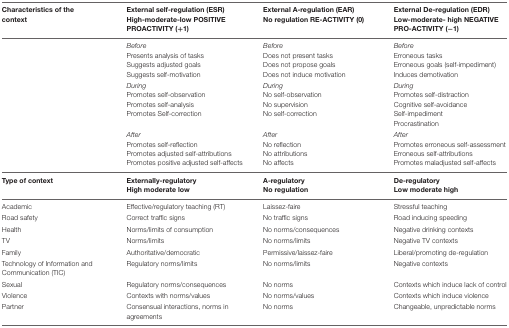
<table><thead><tr><td><b>Characteristics of the context</b></td><td><b>External self-regulation (ESR) High-moderate-low POSITIVE PROACTIVITY (+1)</b></td><td><b>External A-regulation (EAR) No regulation RE-ACTIVITY (0)</b></td><td><b>External De-regulation (EDR) Low-moderate- high NEGATIVE PRO-ACTIVITY (-1)</b></td></tr></thead><tbody><tr><td></td><td><i>Before</i>Presents analysis of tasksSuggests adjusted goalsSuggests self-motivation</td><td><i>Before</i>Does not present tasksDoes not propose goalsDoes not induce motivation</td><td><i>Before</i>Erroneous tasksErroneous goals (self-impediment)Induces demotivation</td></tr><tr><td></td><td><i>During</i>Promotes self-observationPromotes self-analysisPromotes Self-correction</td><td><i>During</i>No self-observationNo supervisionNo self-correction</td><td><i>During</i>Promotes self-distractionCognitive self-avoidanceSelf-impedimentProcrastination</td></tr><tr><td></td><td><i>After</i>Promotes self-reflectionPromotes adjusted self-attributionsPromotes positive adjusted self-affects</td><td><i>After</i>No reflectionNo attributionsNo affects</td><td><i>After</i>Promotes erroneous self-assessmentErroneous self-attributionsPromotes maladjusted self-affects</td></tr><tr><td><b>Type of context</b></td><td><b>Externally-regulatory</b><b>High moderate low</b></td><td><b>A-regulatory</b><b>No regulation</b></td><td><b>De-regulatory</b><b>Low moderate high</b></td></tr><tr><td>Academic</td><td>Effective/regulatory teaching (RT)</td><td>Laissez-faire</td><td>Stressful teaching</td></tr><tr><td>Road safety</td><td>Correct traffic signs</td><td>No traffic signs</td><td>Road inducing speeding</td></tr><tr><td>Health</td><td>Norms/limits of consumption</td><td>No norms/consequences</td><td>Negative drinking contexts</td></tr><tr><td>TV</td><td>Norms/limits</td><td>No norms/limits</td><td>Negative TV contexts</td></tr><tr><td>Family</td><td>Authoritative/democratic</td><td>Permissive/laissez-faire</td><td>Liberal/promoting de-regulation</td></tr><tr><td>Technology of Information and Communication (TIC)</td><td>Regulatory norms/limits</td><td>No norms/limits</td><td>Negative contexts</td></tr><tr><td>Sexual</td><td>Regulatory norms/consequences</td><td>No norms</td><td>Contexts which induce lack of control</td></tr><tr><td>Violence</td><td>Contexts with norms/values</td><td>No norms/values</td><td>Contexts which induce violence</td></tr><tr><td>Partner</td><td>Consensual interactions, norms in agreements</td><td>No norms</td><td>Changeable, unpredictable norms</td></tr></tbody></table>